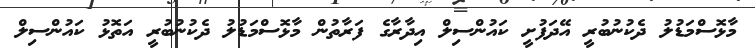
މާޅޮސްމަޑުލު ދެކުނުބުރީ އޭދަފުށީ ކައުންސިލް އިދާރާގެ ފަރާތުން މާޅޮސްމަޑުލު ދެކުނުބުރީ އަތޮޅު ކައުންސިލް